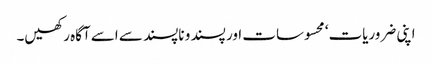
اپنی ضروریات‘ محسوسات اور پسند و ناپسند سے اسے آگاہ رکھیں۔